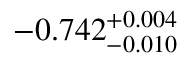
- 0 . 7 4 2 _ { - 0 . 0 1 0 } ^ { + 0 . 0 0 4 }